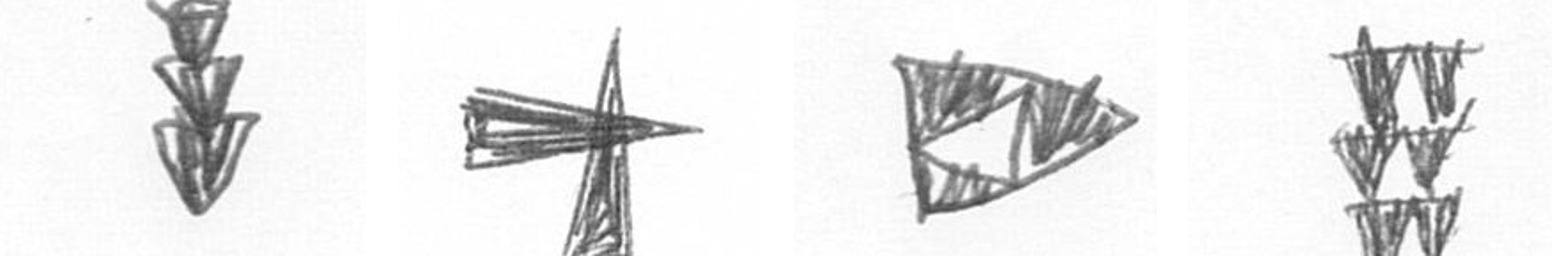
E G K Y